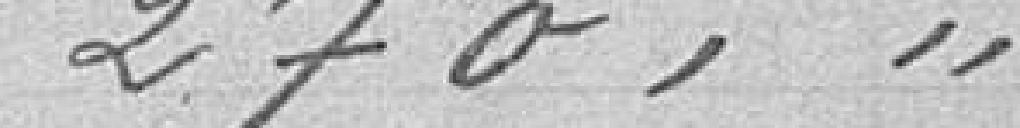
270---